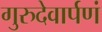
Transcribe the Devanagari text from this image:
गुरुदेवार्पणं